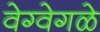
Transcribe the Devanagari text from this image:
वेग्वेगळे